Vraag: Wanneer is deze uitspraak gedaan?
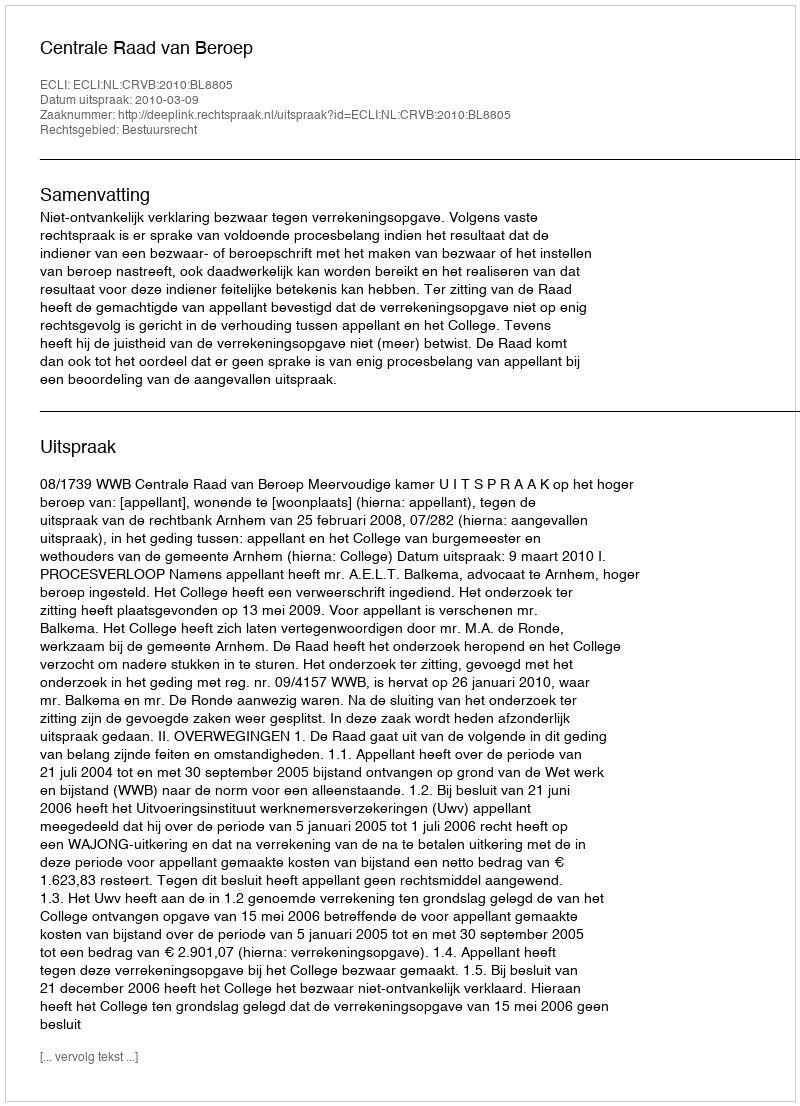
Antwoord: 2010-03-09